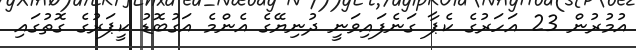
އުމުރުން 23 އަހަރުގެ ކެޕާ ގަނެފައިވަނީ ދުނިޔޭގެ އެންމެ އަގުބޮޑު ކީޕަރުގެ ގޮތުގައި